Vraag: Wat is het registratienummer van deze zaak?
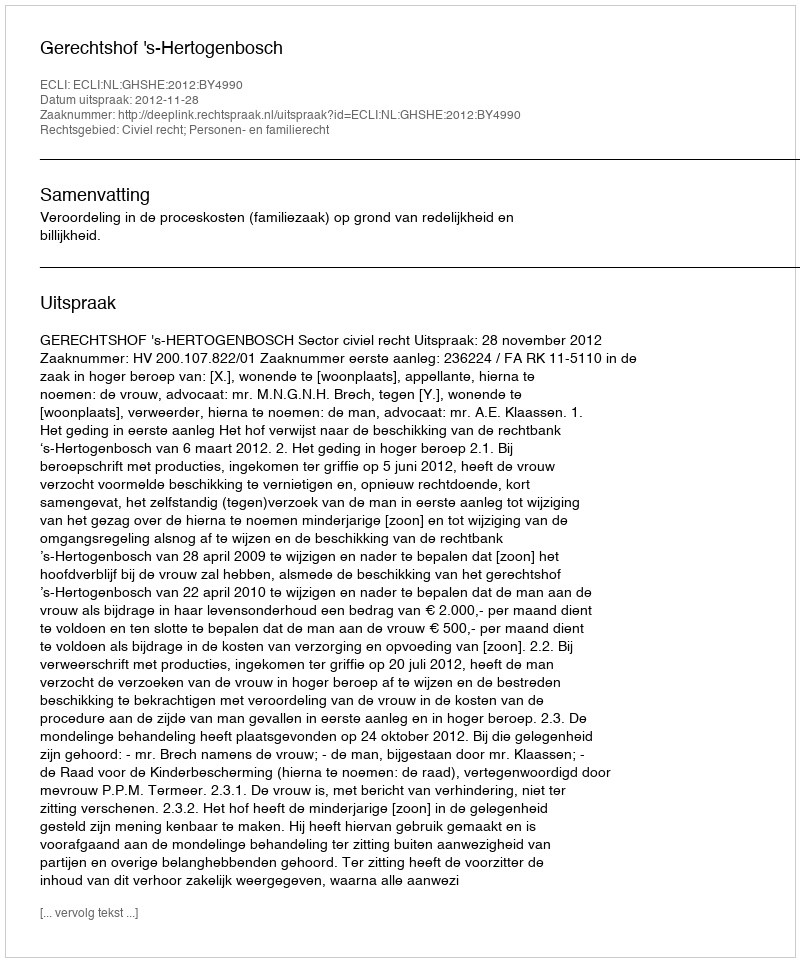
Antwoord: http://deeplink.rechtspraak.nl/uitspraak?id=ECLI:NL:GHSHE:2012:BY4990